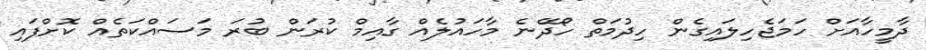
ދާމީހާއަށް ހަމަޖެހިލައިގެން ހިދުމަތް ހޯދޭނެ މާހައުލެއް ގާއިމް ކުރަން ބުރަ މަސައްކަތެއް ކޮށްފައި